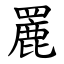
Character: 䍡